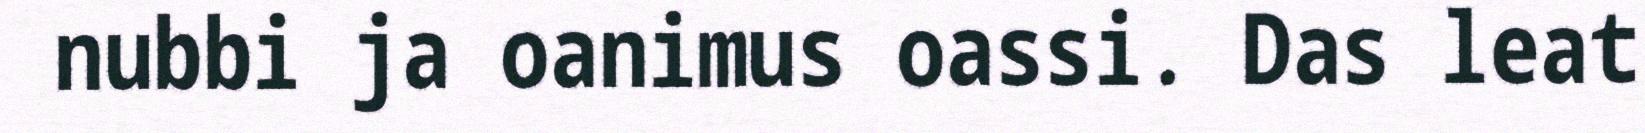
nubbi ja oanimus oassi. Das leat